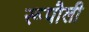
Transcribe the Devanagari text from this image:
रूपौली